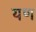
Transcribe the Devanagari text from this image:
यण